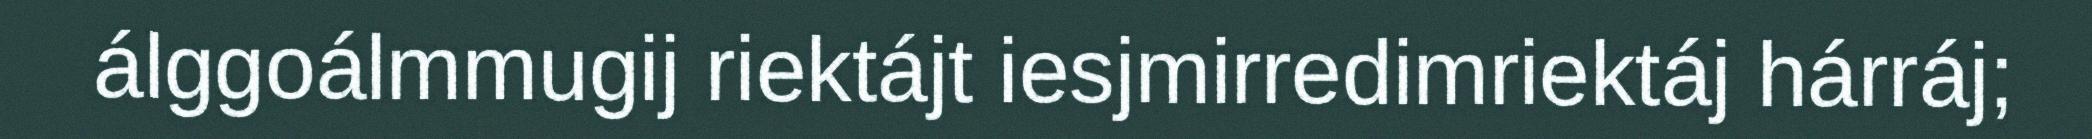
álggoálmmugij riektájt iesjmirredimriektáj hárráj;